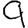
Digit: 9